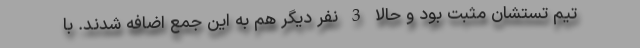
تیم تستشان مثبت بود و حالا 3 نفر دیگر هم به این جمع اضافه شدند. با